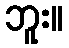
ဘူး။